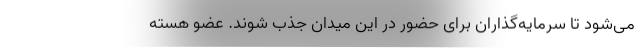
می‌شود تا سرمایه‌گذاران برای حضور در این میدان جذب شوند. عضو هسته